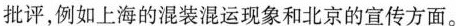
批评，例如上海的混装混运现象和北京的宣传方面